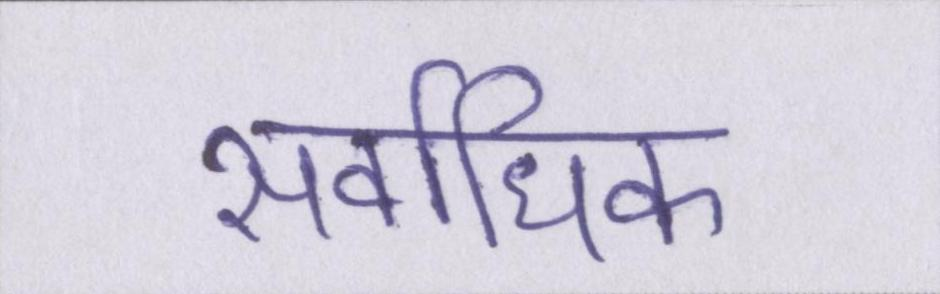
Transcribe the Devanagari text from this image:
सर्वाधिक